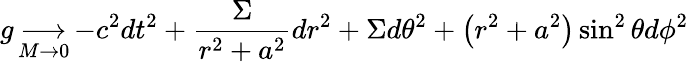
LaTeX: g\mathop{\longrightarrow}_{M\to 0}-c^{2}dt^{2}+{\frac{\Sigma}{r^{2}+a^{2}}}dr^{2}+\Sigma d\theta^{2}+\left(r^{2}+a^{2}\right)\sin^{2}\theta d\phi^{2}